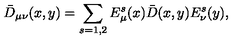
\bar { D } _ { \mu \nu } ( x , y ) = \sum _ { s = 1 , 2 } E _ { \mu } ^ { s } ( x ) \bar { D } ( x , y ) E _ { \nu } ^ { s } ( y ) ,